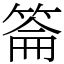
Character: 䈁